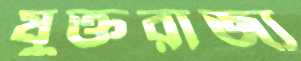
যুক্তরাজ্য